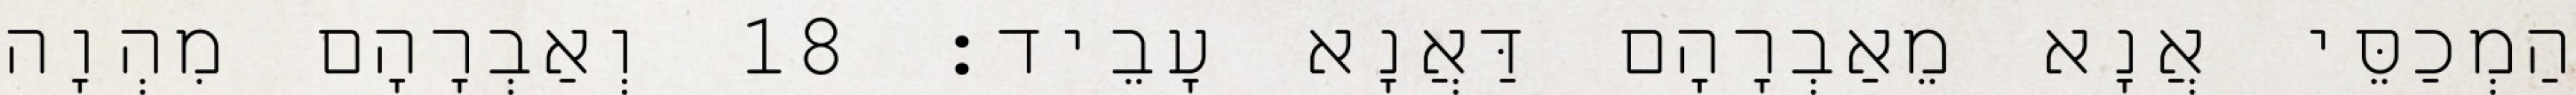
הַמְכַסֵּי אֲנָא מֵאַבְרָהָם דַּאֲנָא עָבֵיד׃ 18 וְאַבְרָהָם מִהְוָה